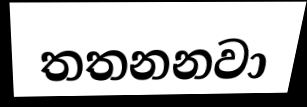
තතනනවා